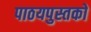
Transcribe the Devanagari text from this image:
पाठयपुस्तको